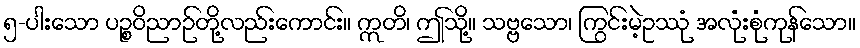
၅-ပါးသော ပဉ္စဝိညာဉ်တို့လည်းကောင်း။ ဣတိ၊ ဤသို့။ သဗ္ဗသော၊ ကြွင်းမဲ့ဥဿုံ အလုံးစုံကုန်သော။